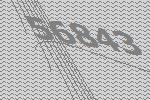
56843